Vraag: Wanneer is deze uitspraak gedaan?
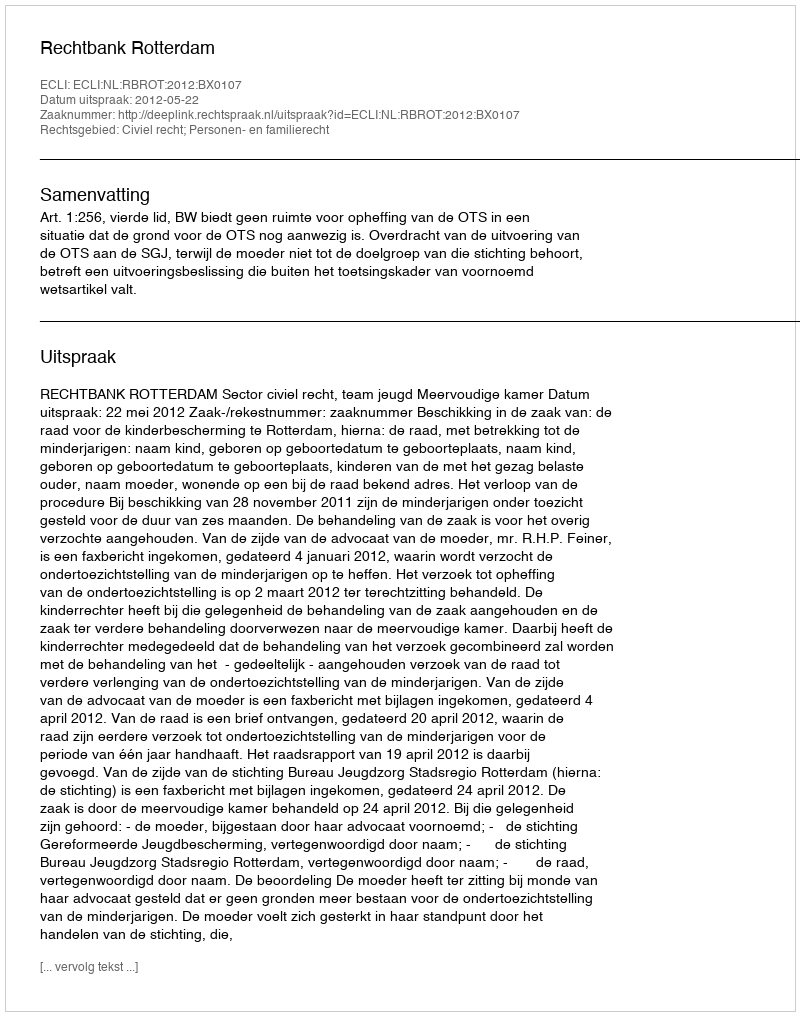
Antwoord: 2012-05-22